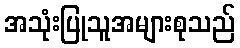
အသုံးပြုသူအများစုသည်